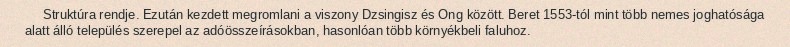
Struktúra rendje. Ezután kezdett megromlani a viszony Dzsingisz és Ong között. Beret 1553-tól mint több nemes joghatósága alatt álló település szerepel az adóösszeírásokban, hasonlóan több környékbeli faluhoz.